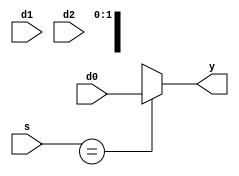
module M_MUX_3_DONTCARE(
    input[31:0] d0, d1, d2,
    input[1:0] s,
    output reg[31:0] y);

    always@(*)
    begin
        case(s)
            2'bxx : y<=d0;
            2'b00 : y<=d0;
            2'b01 : y<=d1;
            2'b10 : y<=d2;
        endcase
    end

endmodule